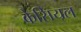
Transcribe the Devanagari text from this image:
केसियल